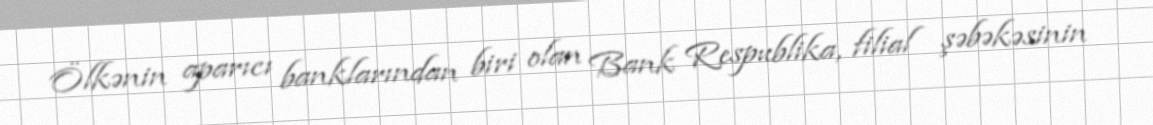
Ölkənin aparıcı banklarından biri olan Bank Respublika, filial şəbəkəsinin